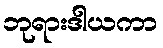
ဘုရားဒါယကာ